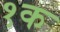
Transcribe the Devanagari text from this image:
१क